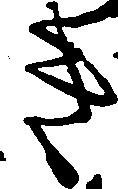
き